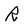
Character: r